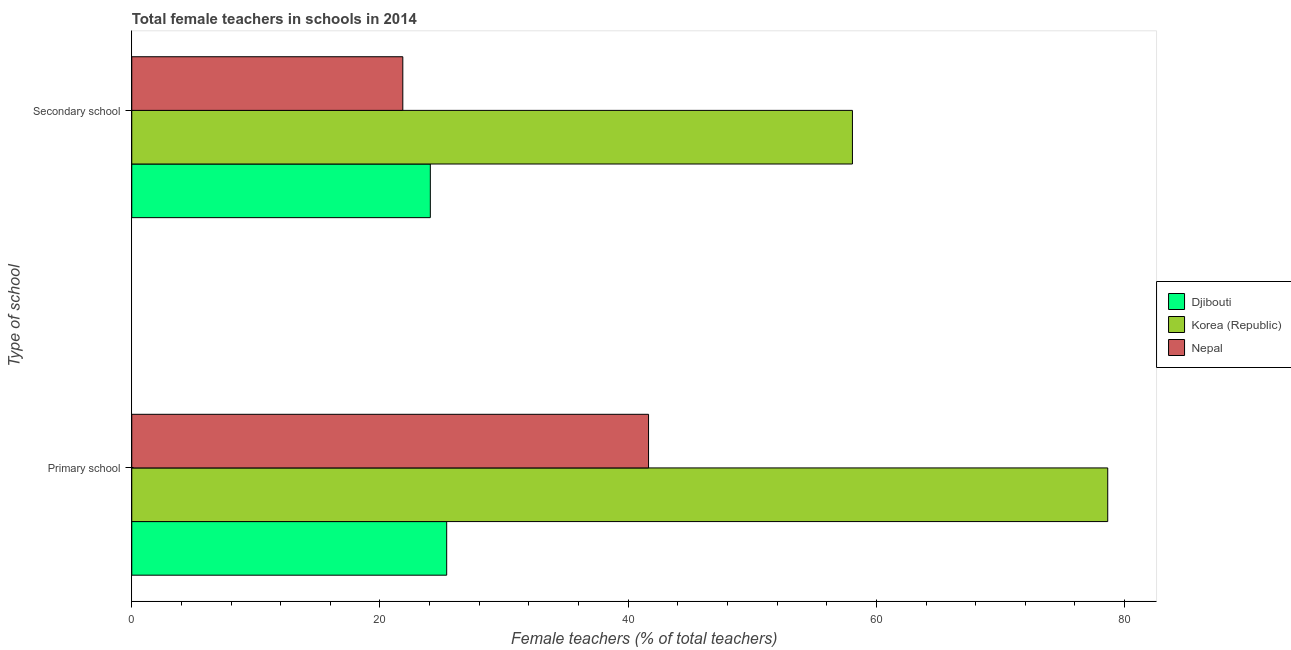
| Type of school | Djibouti | Korea (Republic) | Nepal |
 | --- | --- | --- | --- |
 | Primary school | 25.4 | 78.6 | 41.6 |
 | Secondary school | 24.1 | 58.1 | 21.8 |